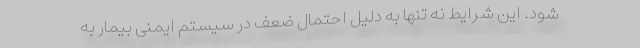
شود. این شرایط نه تنها به دلیل احتمال ضعف در سیستم ایمنی بیمار به